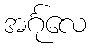
အင်္ဂုလေ